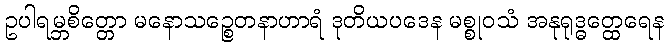
ဥပါရမ္ဘစိတ္တော မနောသဉ္စေတနာဟာရံ ဒုတိယပဒေန မစ္စုဝသံ အနုရုဒ္ဓတ္ထေရေန